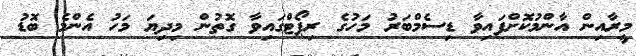
މީރާއިން އާންމުކޮށްފައިވާ ޑިސެމްބަރު މަހުގެ ރިޕޯޓްގައިވާ ގޮތުން މިދިޔަ މަހު އެންމެ ބޮޑު